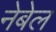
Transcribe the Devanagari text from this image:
नेबेल